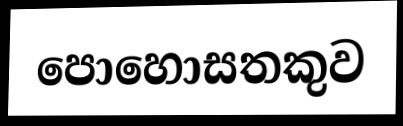
පොහොසතකුව